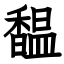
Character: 馧